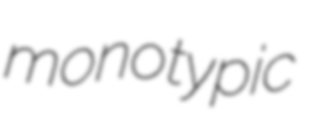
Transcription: monotypic